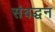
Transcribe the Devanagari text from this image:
संबद्धन